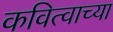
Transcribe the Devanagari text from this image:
कवित्वाच्या